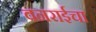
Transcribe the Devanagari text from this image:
वनराईचा